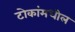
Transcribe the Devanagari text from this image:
टोकांमधील